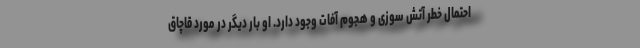
احتمال خطر آتش سوزی و هجوم آفات وجود دارد. او بار دیگر در مورد قاچاق